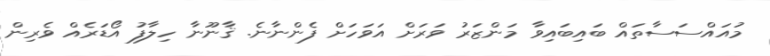
މުުއައްސަސާތައް ބައިބައިވާ މަންޒަރު ވަރަށް އަވަހަށް ފެންނާނެ. ޤާނޫނާ ހިލާފު އޯޑަރެއް ވެރިން